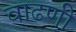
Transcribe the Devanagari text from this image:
वाढणी